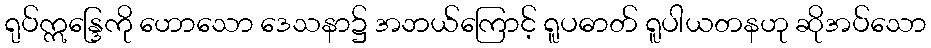
ရုပ်ဣန္ဒြေကို ဟောသော ဒေသနာ၌ အဘယ်ကြောင့် ရူပဓာတ် ရူပါယတနဟု ဆိုအပ်သော